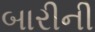
બારીની